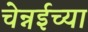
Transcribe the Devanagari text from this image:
चेन्नईच्‍या